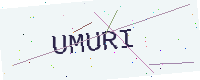
Text: UMURI